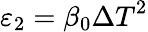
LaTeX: {{\varepsilon}_{2}}={{\beta}_{0}}{{\Delta T}^{2}}